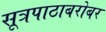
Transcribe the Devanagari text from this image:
सूत्रपाठाबरोबर